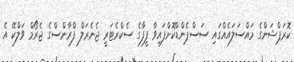
ކޮރަޕްޝަންގެ މައްސަލައެއްގައި ސަސްޕެންޑްކޮށްފައިވާ ފީފާގެ ސެކްރެޓަރީ ޖެނެރަލް ފްރާންސްގެ ޖެރޯމް ވަލްކޭ އެ